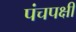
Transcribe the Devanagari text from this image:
पंचपक्षी